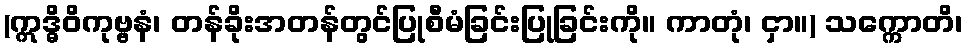
(ဣဒ္ဓိဝိကုဗ္ဗနံ၊ တန်ခိုးအတန်တွင်ပြုစီမံခြင်းပြုခြင်းကို။ ကာတုံ၊ ငှာ။) သက္ကောတိ၊